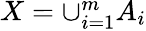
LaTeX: \textstyle X=\cup_{i=1}^{m}A_{i}